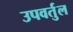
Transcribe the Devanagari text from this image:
उपवर्तुल